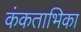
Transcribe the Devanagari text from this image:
कंकताभिका